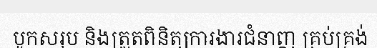
បូកសរុប និងត្រួតពិនិត្យការងារជំនាញ គ្រប់គ្រង់